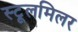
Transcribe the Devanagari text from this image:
स्टूलमिलर